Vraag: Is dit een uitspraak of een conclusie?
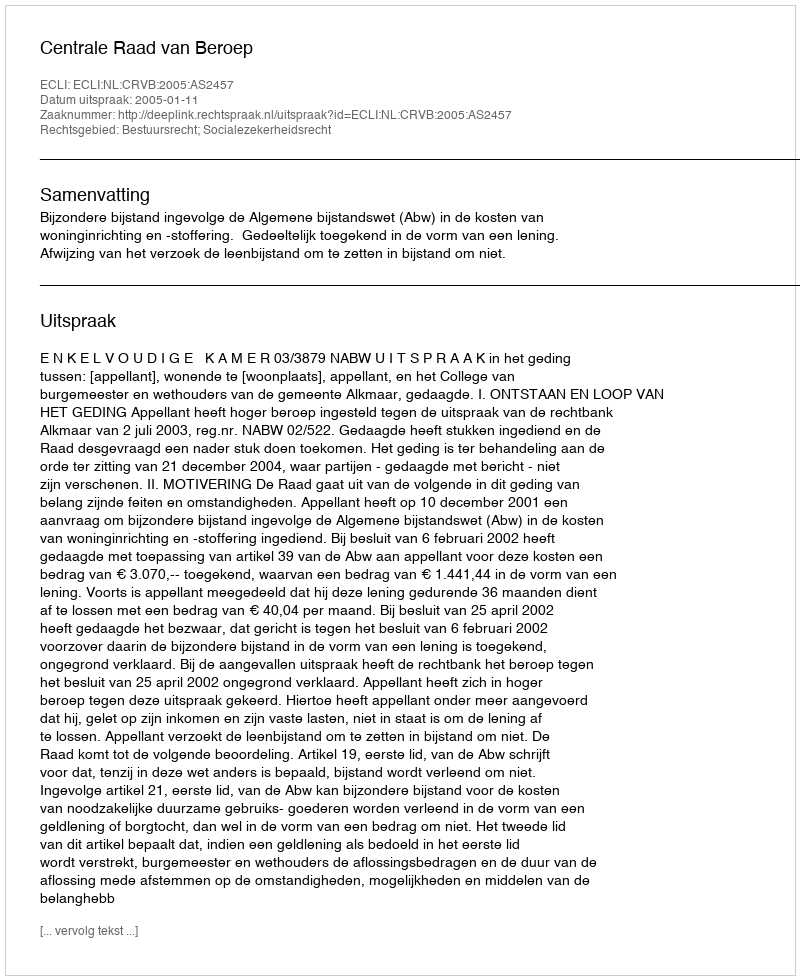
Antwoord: Uitspraak